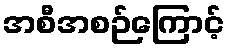
အစီအစဉ်ကြောင့်